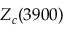
Z _ { c } ( 3 9 0 0 )